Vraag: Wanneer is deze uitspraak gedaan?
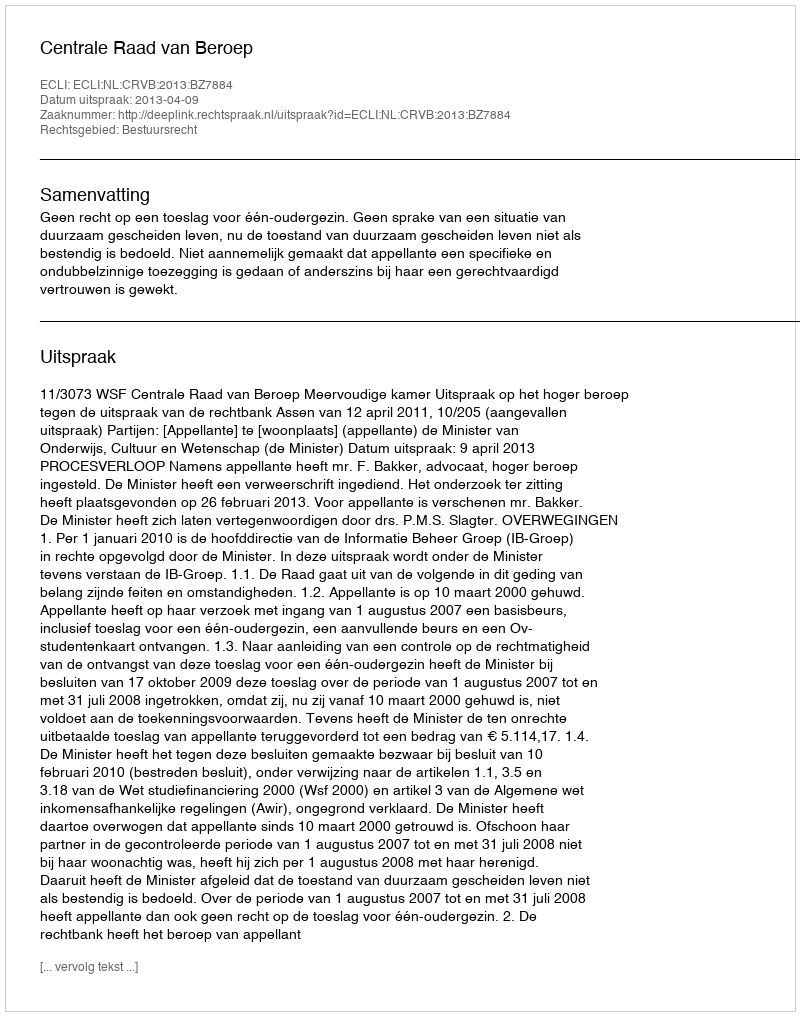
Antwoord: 2013-04-09